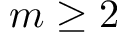
m \ge 2